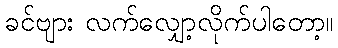
ခင်ဗျား လက်လျှော့လိုက်ပါတော့။